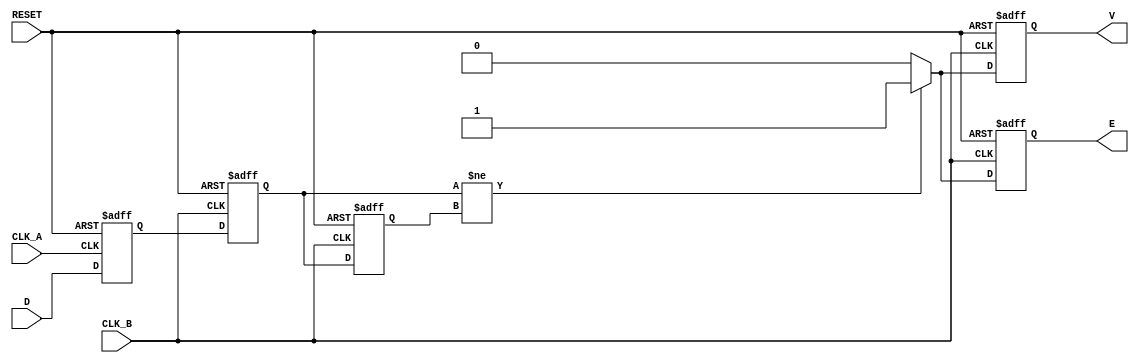
module cdc_detector (
    input wire D,          // Asynchronous data signal
    input wire CLK_A,     // Clock for the originating domain
    input wire CLK_B,     // Clock for the receiving domain
    input wire RESET,     // Reset signal
    output reg V,         // Valid signal
    output reg E          // Error signal
);

    // Internal signals
    reg D_sampled;        // Sampled data from CLK_A
    reg D_sync;           // Synchronized data in CLK_B
    reg D_sync_prev;      // Previous synchronized data in CLK_B

    // Sampling the data signal on CLK_A
    always @(posedge CLK_A or posedge RESET) begin
        if (RESET) begin
            D_sampled <= 1'b0;
        end else begin
            D_sampled <= D; // Capture the data signal
        end
    end

    // Synchronizing the sampled data signal to CLK_B
    always @(posedge CLK_B or posedge RESET) begin
        if (RESET) begin
            D_sync <= 1'b0;
            D_sync_prev <= 1'b0;
            V <= 1'b0;
            E <= 1'b0;
        end else begin
            D_sync_prev <= D_sync; // Store previous synchronized value
            D_sync <= D_sampled;    // Capture the sampled data signal

            // Valid signal logic
            if (D_sync != D_sync_prev) begin
                V <= 1'b1; // Data is valid if there is a change
            end else begin
                V <= 1'b0; // No change, not valid
            end

            // Error signal logic
            if (D_sync != D_sync_prev) begin
                E <= 1'b1; // Error detected if there is a change
            end else begin
                E <= 1'b0; // No error
            end
        end
    end

endmodule